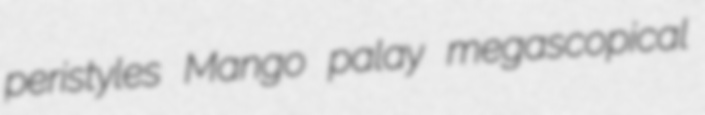
peristyles Mango palay megascopical